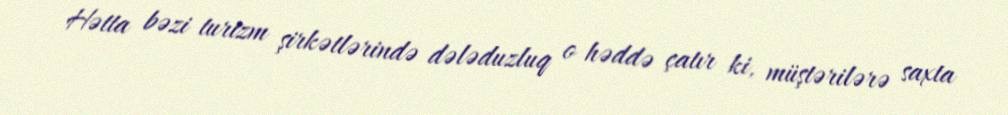
Hətta bəzi turizm şirkətlərində dələduzluq o həddə çatır ki, müştərilərə saxta